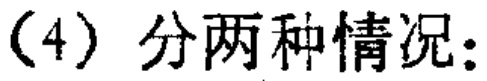
(4) 分两种情况：